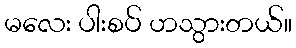
မလေး ပါးစပ် ဟသွားတယ်။